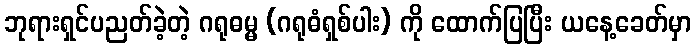
ဘုရားရှင်ပညတ်ခဲ့တဲ့ ဂရုဓမ္မ (ဂရုဓံရှစ်ပါး) ကို ထောက်ပြပြီး ယနေ့ခေတ်မှာ